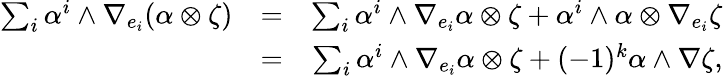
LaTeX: \begin{array}{rlr}{\sum_{i}\alpha^{i}\wedge\nabla_{e_{i}}(\alpha\otimes\zeta)}&{=}&{\sum_{i}\alpha^{i}\wedge\nabla_{e_{i}}\alpha\otimes\zeta+\alpha^{i}\wedge\alpha\otimes\nabla_{e_{i}}\zeta}\\ &{=}&{\sum_{i}\alpha^{i}\wedge\nabla_{e_{i}}\alpha\otimes\zeta+(-1)^{k}\alpha\wedge\nabla\zeta,}\end{array}